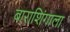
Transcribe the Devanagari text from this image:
बाराशिंगाला